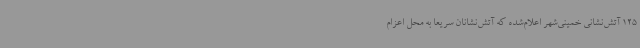
125 آتش‌نشانی خمینی‌شهر اعلام‌شده که آتش‌نشانان سریعاً به محل اعزام